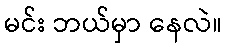
မင်း ဘယ်မှာ နေလဲ။